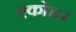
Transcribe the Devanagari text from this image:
एकोत्तर